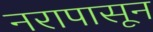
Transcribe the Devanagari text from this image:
नरापासून